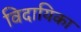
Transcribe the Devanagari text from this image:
विदायिका